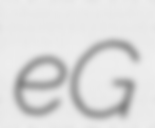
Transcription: eG